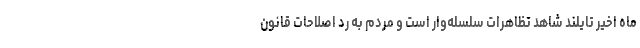
ماه اخیر تایلند شاهد تظاهرات سلسله‌وار است و مردم به رد اصلاحات قانون